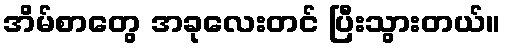
အိမ်စာတွေ အခုလေးတင် ပြီးသွားတယ်။